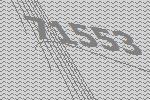
71553